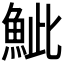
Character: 𩶆